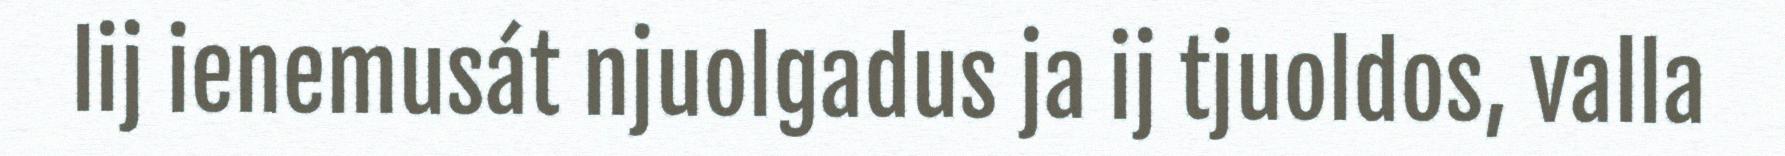
lij ienemusát njuolgadus ja ij tjuoldos, valla